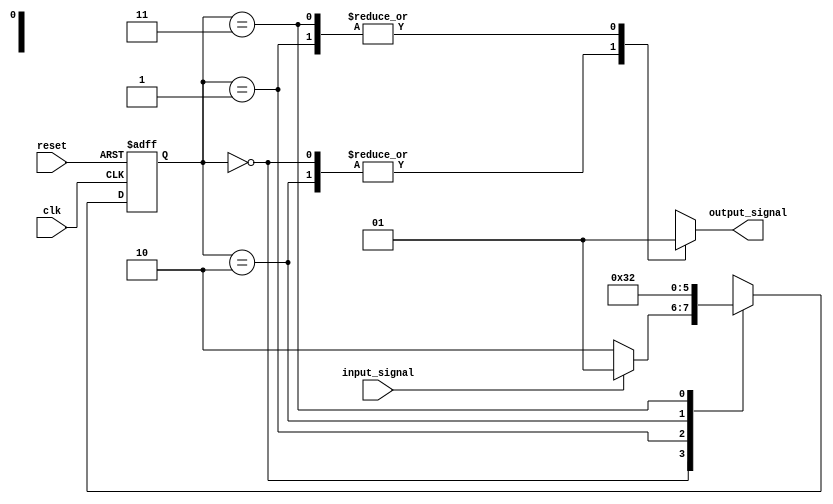
module fsm_example (
    input wire clk,
    input wire reset,
    input wire input_signal,
    output wire output_signal
);

// Define states
parameter STATE_A = 2'b00;
parameter STATE_B = 2'b01;
parameter STATE_C = 2'b10;
parameter STATE_D = 2'b11;

reg [1:0] current_state;
reg [1:0] next_state;

// Define outputs
reg output_signal_reg;

always @(posedge clk or posedge reset) begin
    if (reset) begin
        current_state <= STATE_A;
    end else begin
        current_state <= next_state;
    end
end

// Define transitions
always @* begin
    case (current_state)
        STATE_A: begin
            if (input_signal) begin
                next_state = STATE_B;
            end else begin
                next_state = STATE_C;
            end
        end
        
        STATE_B: begin
            next_state = STATE_D;
        end
        
        STATE_C: begin
            next_state = STATE_A;
        end
        
        STATE_D: begin
            next_state = STATE_C;
        end
    endcase
end

// Define output behavior
always @* begin
    case (current_state)
        STATE_A: begin
            output_signal_reg = 1'b0;
        end
        
        STATE_B: begin
            output_signal_reg = 1'b1;
        end
        
        STATE_C: begin
            output_signal_reg = 1'b0;
        end
        
        STATE_D: begin
            output_signal_reg = 1'b1;
        end
    endcase
end

assign output_signal = output_signal_reg;

endmodule